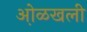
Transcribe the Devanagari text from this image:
ओ़ळखली